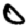
Digit: 0